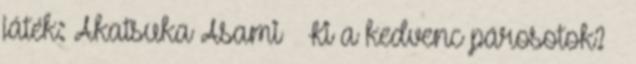
játék: Akatsuka Asami ★ Ki a kedvenc párosotok? ★